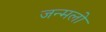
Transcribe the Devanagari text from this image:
जन्मलो